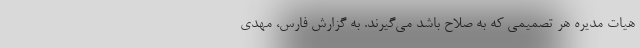
هیات مدیره هر تصمیمی که به صلاح باشد می‌گیرند. به گزارش فارس، مهدی